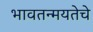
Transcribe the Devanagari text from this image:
भावतन्मयतेचे